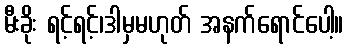
မီးခိုး ရင့်ရင့်၊ဒါမှမဟုတ် အနက်ရောင်ပေါ့။